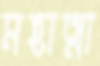
মহাত্মা